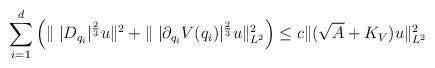
LaTeX: \begin{align*}{\sum_{i=1}^{d}\Big(\|\;|D_{q_i}|^{\frac{2}{3}}u\|^2+\|\;|\partial_{q_i}V(q_i)|^{\frac{2}{3}}u\|^2_{L^2}\Big)}\le c\|(\sqrt{A}+K_{V})u\|^2_{L^2}\end{align*}